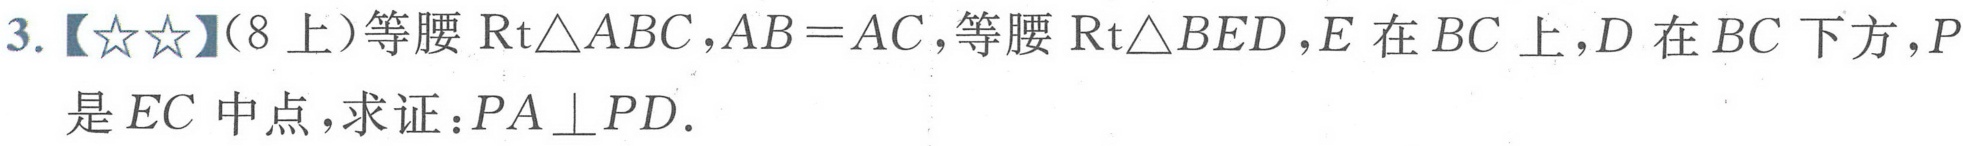
3.【\(☆☆\)】(8上)等腰\(\mathrm{Rt}\triangle ABC\)，\(AB = AC\)，等腰\(\mathrm{Rt}\triangle BED\)，\(E\)在\(BC\)上，\(D\)在\(BC\)下方，\(P\)
是\(EC\)中点，求证：\(PA\perp PD\).